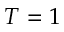
T = 1